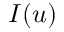
I ( u )